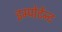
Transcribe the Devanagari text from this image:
इम्पोर्टेन्ट